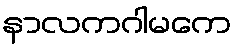
နာလကဂါမကေ